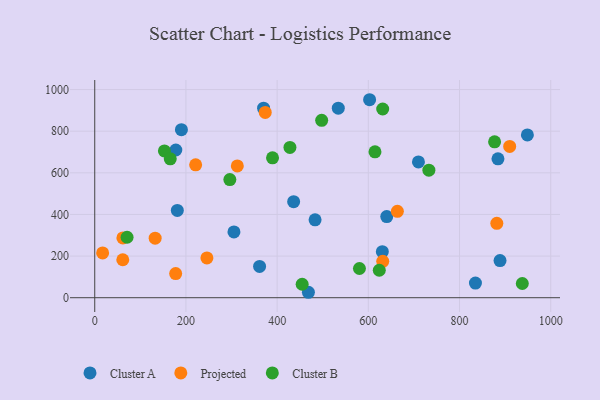
{"axis": {"x": "Speed", "y": "Yield"}, "legend": ["Cluster A", "Cluster B", "Projected"], "data": [{"x": "181.1", "y": 419.1, "type": "Cluster A"}, {"x": "884.3", "y": 667.1, "type": "Cluster A"}, {"x": "709.9", "y": 652.2, "type": "Cluster A"}, {"x": "305.3", "y": 315.9, "type": "Cluster A"}, {"x": "630.7", "y": 221.2, "type": "Cluster A"}, {"x": "370.3", "y": 910.6, "type": "Cluster A"}, {"x": "436.2", "y": 461.5, "type": "Cluster A"}, {"x": "190.1", "y": 807.0, "type": "Cluster A"}, {"x": "602.8", "y": 951.1, "type": "Cluster A"}, {"x": "834.9", "y": 70.3, "type": "Cluster A"}, {"x": "361.5", "y": 150.3, "type": "Cluster A"}, {"x": "640.4", "y": 389.9, "type": "Cluster A"}, {"x": "888.8", "y": 178.5, "type": "Cluster A"}, {"x": "534.1", "y": 910.5, "type": "Cluster A"}, {"x": "483.2", "y": 374.3, "type": "Cluster A"}, {"x": "177.8", "y": 709.6, "type": "Cluster A"}, {"x": "468.6", "y": 26.1, "type": "Cluster A"}, {"x": "948.8", "y": 781.8, "type": "Cluster A"}, {"x": "61.7", "y": 287.2, "type": "Projected"}, {"x": "17.3", "y": 215.2, "type": "Projected"}, {"x": "221.3", "y": 638.5, "type": "Projected"}, {"x": "881.8", "y": 357.1, "type": "Projected"}, {"x": "132.5", "y": 286.1, "type": "Projected"}, {"x": "631.6", "y": 174.9, "type": "Projected"}, {"x": "246.0", "y": 191.1, "type": "Projected"}, {"x": "61.5", "y": 182.3, "type": "Projected"}, {"x": "663.7", "y": 414.8, "type": "Projected"}, {"x": "312.7", "y": 633.1, "type": "Projected"}, {"x": "177.5", "y": 116.1, "type": "Projected"}, {"x": "910.0", "y": 726.9, "type": "Projected"}, {"x": "373.9", "y": 890.2, "type": "Projected"}, {"x": "937.7", "y": 68.2, "type": "Cluster B"}, {"x": "876.9", "y": 748.7, "type": "Cluster B"}, {"x": "732.8", "y": 612.9, "type": "Cluster B"}, {"x": "389.9", "y": 671.9, "type": "Cluster B"}, {"x": "428.1", "y": 721.8, "type": "Cluster B"}, {"x": "580.5", "y": 140.4, "type": "Cluster B"}, {"x": "624.0", "y": 131.9, "type": "Cluster B"}, {"x": "631.5", "y": 906.6, "type": "Cluster B"}, {"x": "152.8", "y": 705.2, "type": "Cluster B"}, {"x": "296.3", "y": 567.7, "type": "Cluster B"}, {"x": "614.6", "y": 701.0, "type": "Cluster B"}, {"x": "70.9", "y": 290.4, "type": "Cluster B"}, {"x": "497.7", "y": 851.9, "type": "Cluster B"}, {"x": "165.6", "y": 667.4, "type": "Cluster B"}, {"x": "454.9", "y": 64.7, "type": "Cluster B"}]}